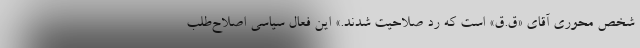
شخص محوری آقای «ق.ق» است که رد صلاحیت شدند.» این فعال سیاسی اصلاح‌طلب